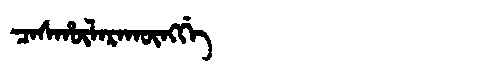
Manchu: ᠴᠠᠰᡥᡡᠯᠠᡵᠠᡴᡡᠩᡤᡝ
Romanization: CASHŪLARAKŪNGGE